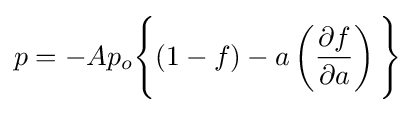
p=-Ap_{o}{\Bigg \{}(1-f)-a\left({\frac {\partial f}{\partial a}}\right){\Bigg \}}